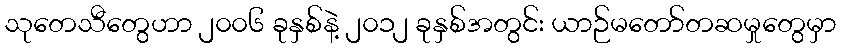
သုတေသီတွေဟာ ၂၀၀၆ ခုနှစ်နဲ့ ၂၀၁၂ ခုနှစ်အတွင်း ယာဉ်မတော်တဆမှုတွေမှာ